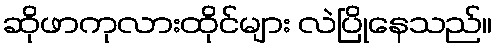
ဆိုဖာကုလားထိုင်များ လဲပြိုနေသည်။